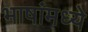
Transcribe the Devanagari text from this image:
भाषांमध्‍ये